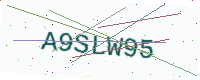
Text: A9SLW95